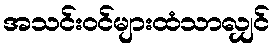
အသင်းဝင်များထံသာလျှင်